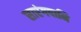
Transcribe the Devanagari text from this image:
सारंगपानि